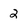
Character: 2